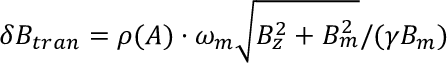
\delta B _ { t r a n } = \rho ( A ) \cdot \omega _ { m } \sqrt { B _ { z } ^ { 2 } + B _ { m } ^ { 2 } } / ( \gamma B _ { m } )